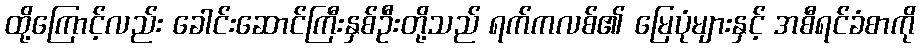
ထို့ကြောင့်လည်း ခေါင်းဆောင်ကြီးနှစ်ဦးတို့သည် ရက်ကလစ်၏ မြေပုံများနှင့် အစီရင်ခံစာကို